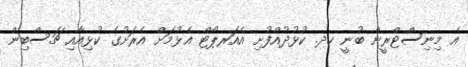
އެ މިނިސްޓްރީން ބުނީ ހދ. ކުޅުދުއްފުށި އެއަރޕޯޓް އެޅުމަށް އެރަށުގެ ކުޅިއާއި ޗަސްބިން